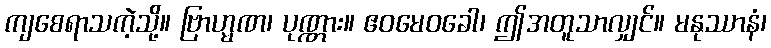
ကျစေရာသကဲ့သို့။ ဗြာဟ္မဏ၊ ပုဏ္ဏား။ ဧဝမေဝခေါ၊ ဤအတူသာလျှင်။ မနုဿာနံ၊